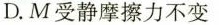
D.M受静摩擦力不变